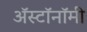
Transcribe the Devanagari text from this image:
ॲस्टॉनॉमी